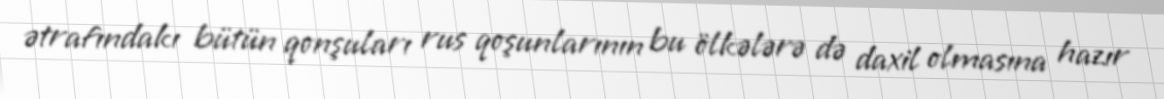
ətrafındakı bütün qonşuları rus qoşunlarının bu ölkələrə də daxil olmasına hazır